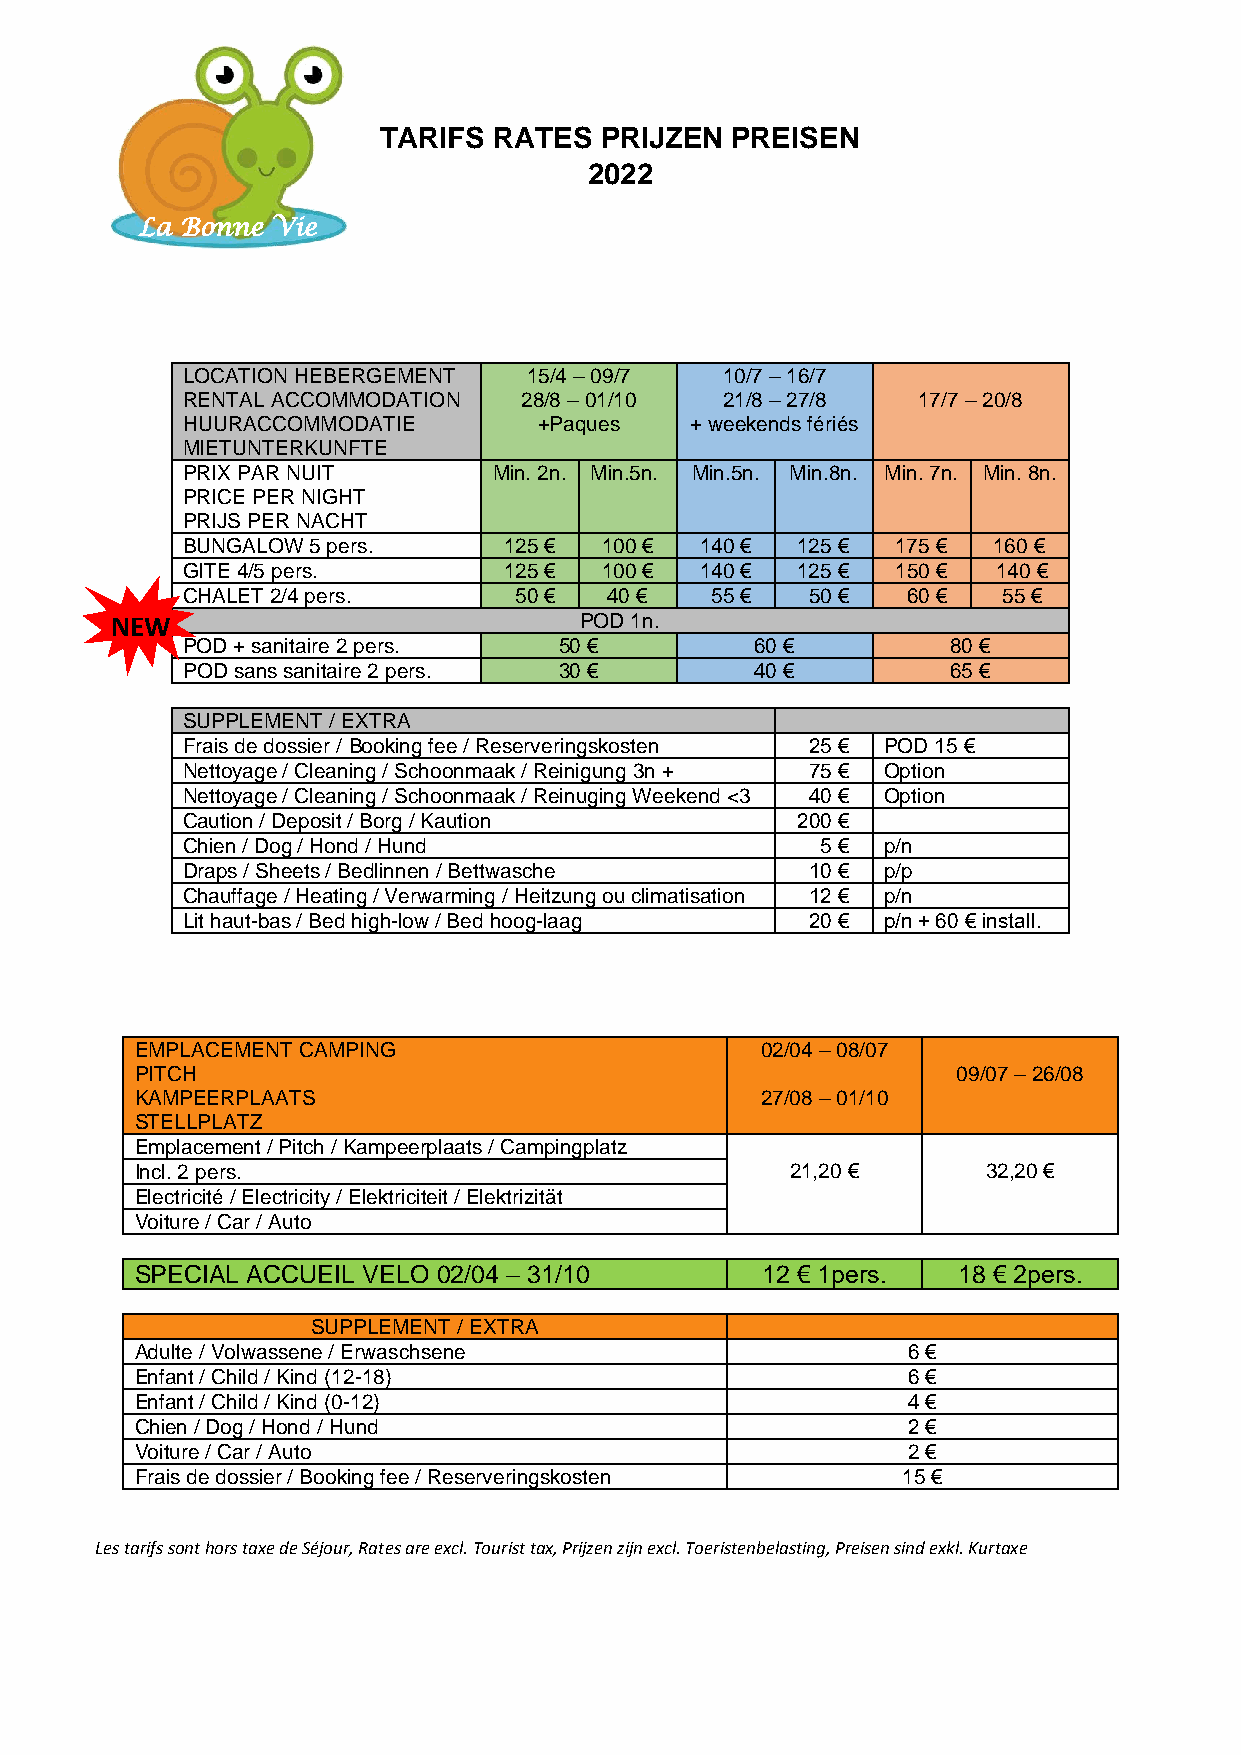
TARIFS  RATES  PRIJZEN PREISEN
 2022
 La Bonne Vie
 LOCATION HEBERGEMENT   15/4 – 09/7  10/7 – 16/7
 RENTAL ACCOMMODATION  28/8 – 01/10  21/8 – 27/8  17/7 – 20/8
 HUURACCOMMODATIE        +Paques   + weekends fériés
 MIETUNTERKUNFTE
 PRIX PAR NUIT        Min. 2n. Min.5n. Min.5n. Min.8n. Min. 7n. Min. 8n.
 PRICE PER NIGHT
 PRIJS PER NACHT
 BUNGALOW 5 pers.     125 €  100 € 140 €  125 € 175 €  160 €
 GITE 4/5 pers.       125 €  100 € 140 €  125 € 150 €  140 €
 CHALET 2/4 pers.      50 €  40 €   55 €   50 €  60 €  55 €
 NEW                            POD 1n.
 POD + sanitaire 2 pers.  50 €         60 €         80 €
 POD sans sanitaire 2 pers. 30 €       40 €         65 €
 SUPPLEMENT / EXTRA
 Frais de dossier / Booking fee / Reserveringskosten 25 € POD 15 €
 Nettoyage / Cleaning / Schoonmaak / Reinigung 3n + 75 € Option
 Nettoyage / Cleaning / Schoonmaak / Reinuging Weekend <3 40 € Option
 Caution / Deposit / Borg / Kaution       200 €
 Chien / Dog / Hond / Hund                 5 € p/n
 Draps / Sheets / Bedlinnen / Bettwasche   10 € p/p
 Chauffage / Heating / Verwarming / Heitzung ou climatisation 12 € p/n
 Lit haut-bas / Bed high-low / Bed hoog-laag 20 € p/n + 60 € install.
 EMPLACEMENT CAMPING                      02/04 – 08/07
 PITCH                                                 09/07 – 26/08
 KAMPEERPLAATS                            27/08 – 01/10
 STELLPLATZ
 Emplacement / Pitch / Kampeerplaats / Campingplatz
 Incl. 2 pers.                              21,20 €      32,20 €
 Electricité / Electricity / Elektriciteit / Elektrizität
 Voiture / Car / Auto
 SPECIAL ACCUEIL VELO 02/04 – 31/10       12 € 1pers.  18 € 2pers.
 SUPPLEMENT / EXTRA
 Adulte / Volwassene / Erwaschsene                  6 €
 Enfant / Child / Kind (12-18)                      6 €
 Enfant / Child / Kind (0-12)                       4 €
 Chien / Dog / Hond / Hund                          2 €
 Voiture / Car / Auto                               2 €
 Frais de dossier / Booking fee / Reserveringskosten 15 €
 Les tarifs sont hors taxe de Séjour, Rates are excl. Tourist tax, Prijzen zijn excl. Toeristenbelasting, Preisen sind exkl. Kurtaxe